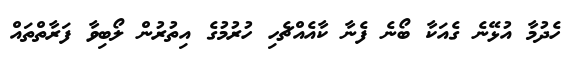
ހެދުމާ އުޅޭނެ ގެއަކާ ބޯނެ ފެނާ ކާއެއްޗެހި ހުރުމުގެ އިތުރުން ލޯބިވާ ފަރާތްތައް